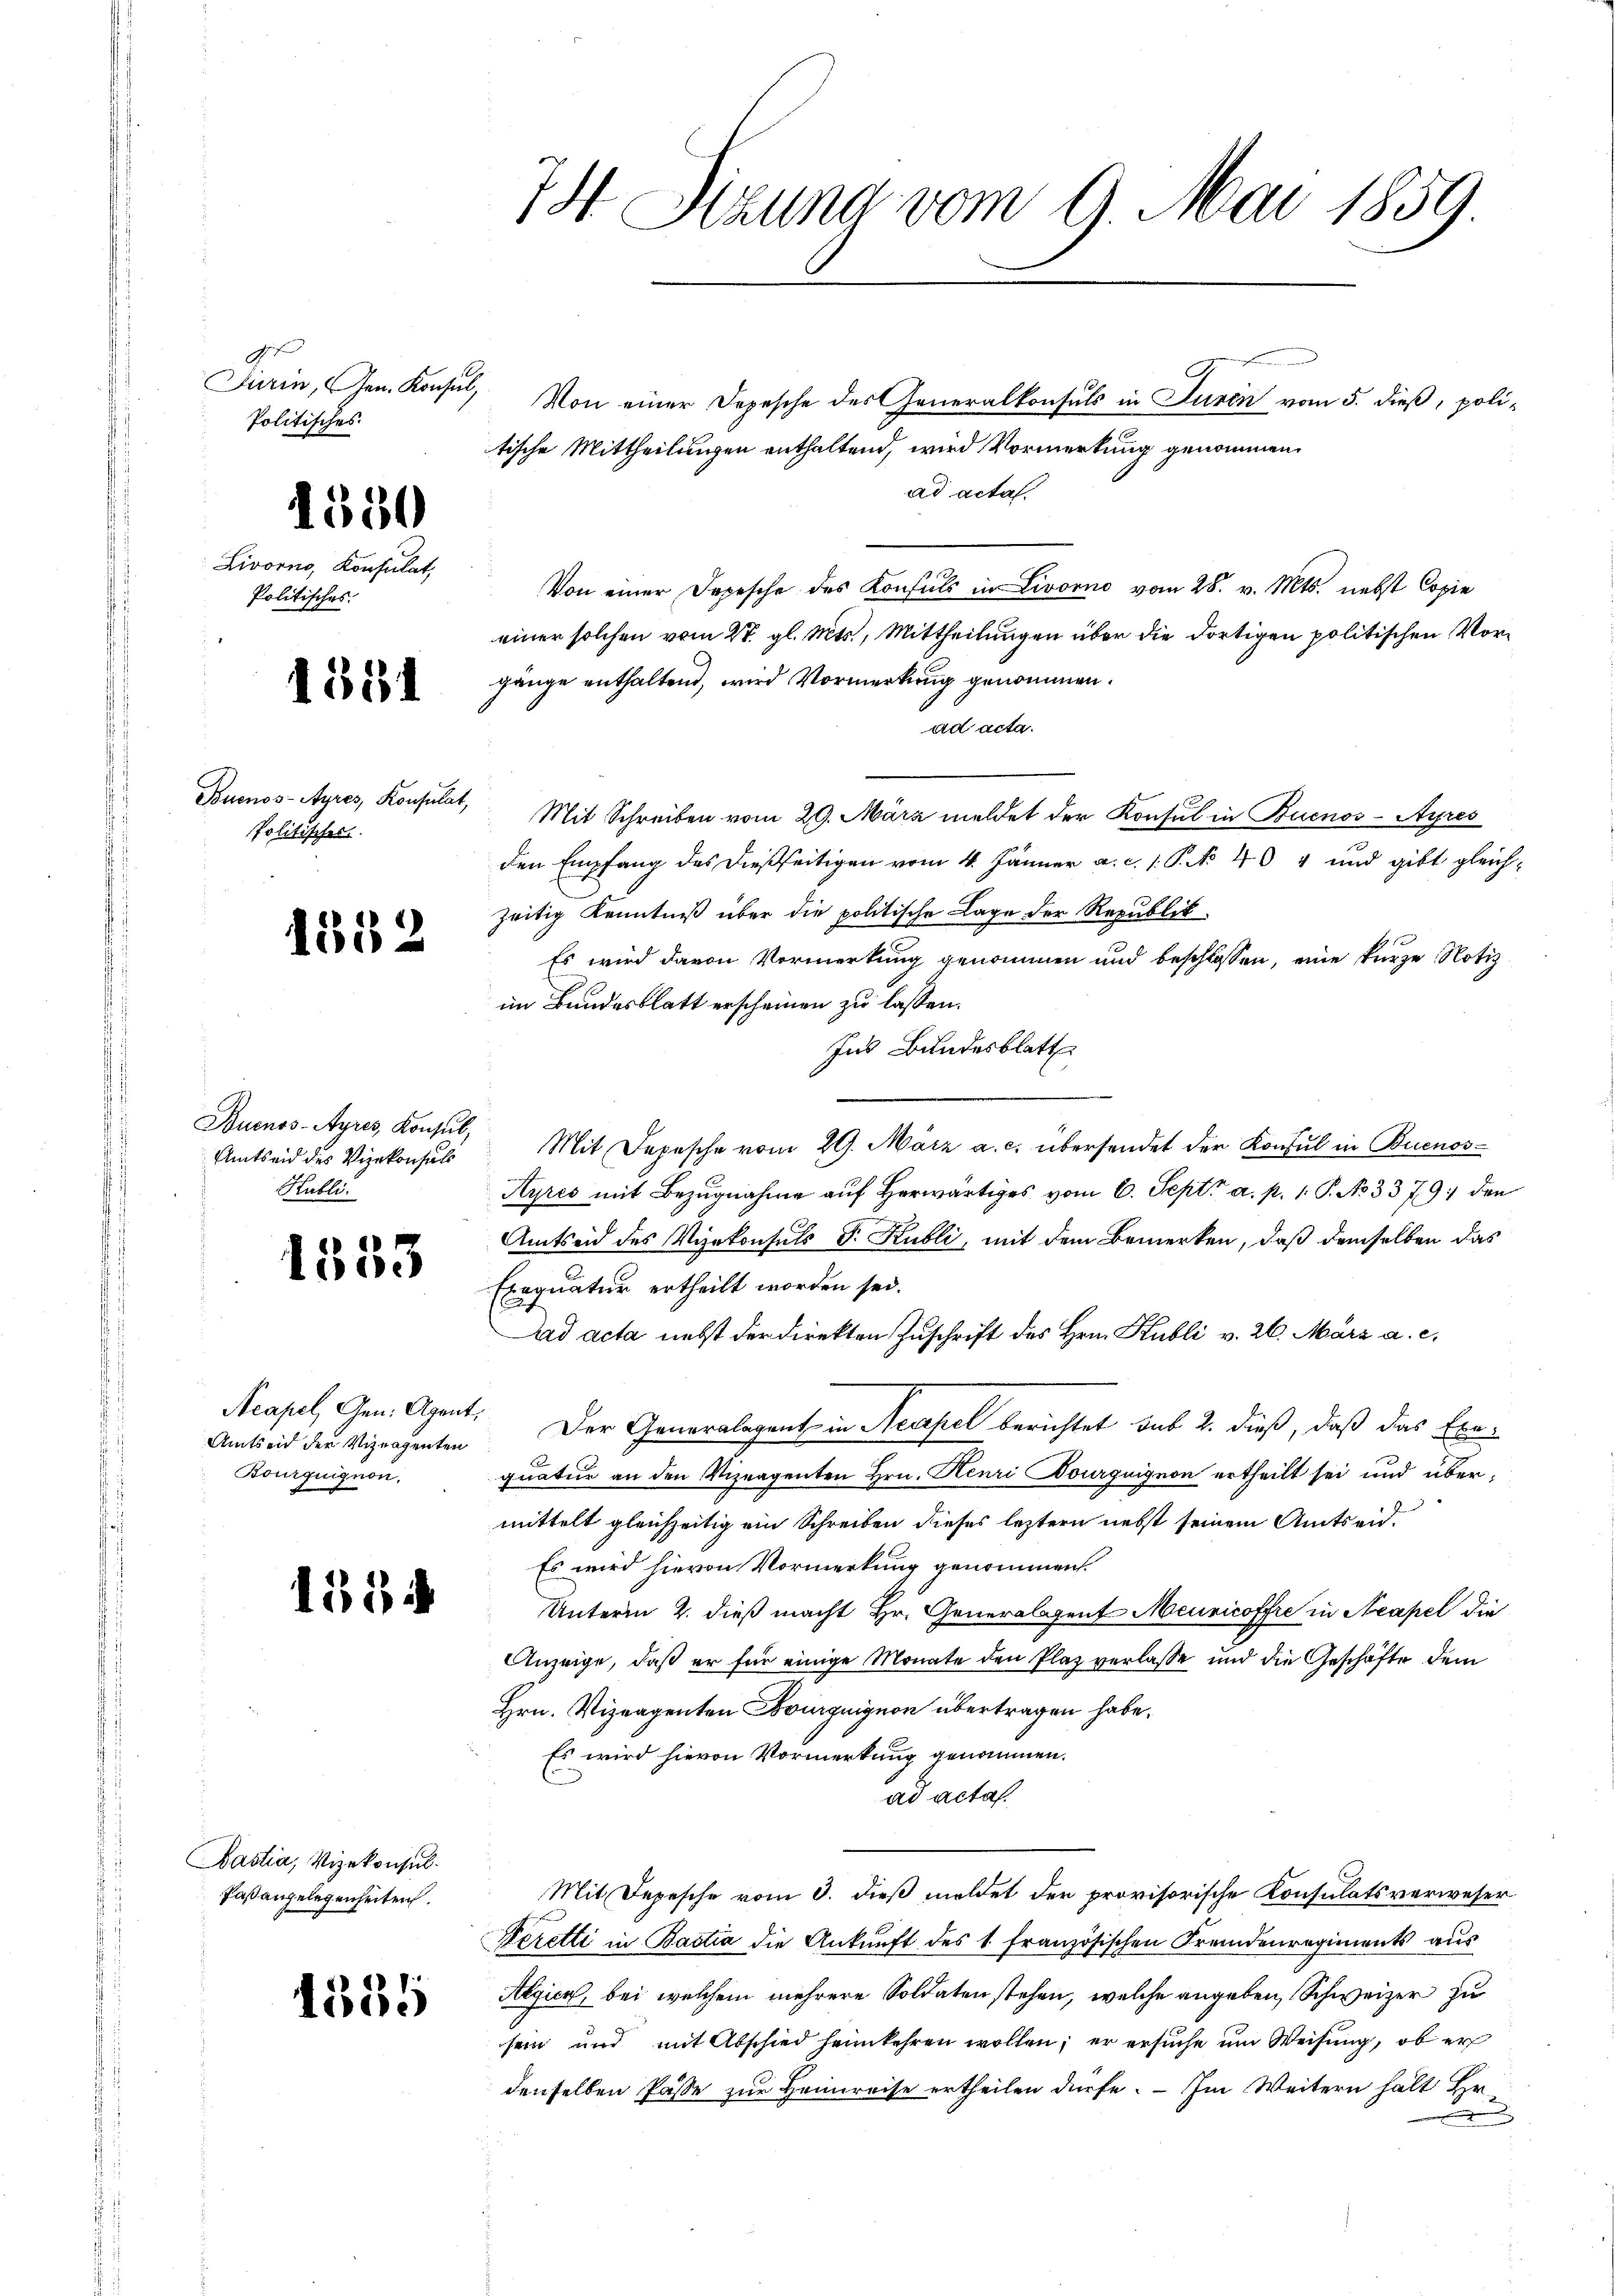
t
Turin, Gen. Konsul,
Politisches.

Livorno, Konsulat,
Politisches.

550

1551

Buenos-Ayres, Konsulat,
Politischer

lid 2

Buenos-Ayres, Konsul,
Amtseid des Vizekonsuls
Stutti.

1553

Acapel, Gen. Agent.
Amtseid der Viznagenten
Bourquignon.

1554

Bastia, Vizekonsul
Paßangelegenheiten.

1555

74 Sizung vom 9. Mai 1859

Von einer Depesche des Generalkonsuls in Turin vom 5. dieß, politische Mittheilungen enthaltend, wird Vormerkung genommen.
ad acta.
Von einer Depesche des Konsuls in Livorno vom 28. v. Mts. nebst Copie
einer solchen vom 27. gl. Mts., Mittheilungen über die dortigen politischen Vorgänge enthaltend, wird Vormerkung genommen.
ad acta.
Mit Schreiben vom 29. März meldet der Konsul in Buenos-Ayres
den Empfang des dießseitigen vom 4. Jänner a. c. 1. P. No 404 und gibt gleich-
zeitig Kenntniß über die politische Lage der Republik
Es wird davon Vormerkung genommen und beschlossen, eine kurze Notiz
im Bundesblatt erscheinen zu lassen.
Ins Bundesblatt
Mit Depesche vom 29. März a. c. übersendet der Konsul in Buenos-
Ayres mit Bezugnahme auf Herwärtiges vom 6. Sept. a. p. 1. P. No 3379. den
Amtseid des Vizekonsuls G. Kubli, mit dem Bemerken, daß demselben das
Exequatur ertheilt worden sei.
aad acta nebst der Direkten Zuschrift des Hrn. Publi v. 26. März a. c.
Der Generalagent in Neapel berichtet sub 2. dieß, daß das Exequatur an den Vizeagenten Hrn. Henri Dourguignon ertheilt sei und übermittelt gleichzeitig ein Schreiben dieses letztern nebst seinem Amtseid¬
Es wird hievon Vormerkung genommen.
Unterm 2. dieß macht Hr. Generalagent Meuricoffre in Neapel die
Anzeige, daß er für einige Monate den Plaz verlasse und die Geschäfte dem
Hrn. Vizeagenten Burguignon übertragen habe.
Es wird hievon Vormerkung genommen.
ad acta.
Mit Depesche vom 3. dieß meldet der provisorische Konsulats verweser
Feretti in Bastia die Ankunft des 1 französischen Fremdenregiments aus
Algien, bei welchem mehrere Soldaten stehen, welche angeben, Schweizer zu
sein und mit Abschied heimkehren wollen; er ersuche um Weisung, ob er
denselben Pässe zur Heimreise ertheilen dürfe. — Im Weitern halt Hr.
.

C.